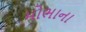
મોભાના